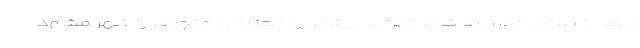
«بعد از استان تهران و شهر تهران، بیشترین معتادان متجاهر را شهر مشهد